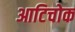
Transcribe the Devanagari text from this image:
आटिचोक